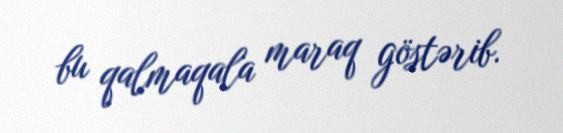
bu qalmaqala maraq göstərib.